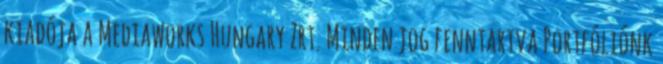
kiadója a Mediaworks Hungary Zrt. Minden jog fenntartva Portfóliónk